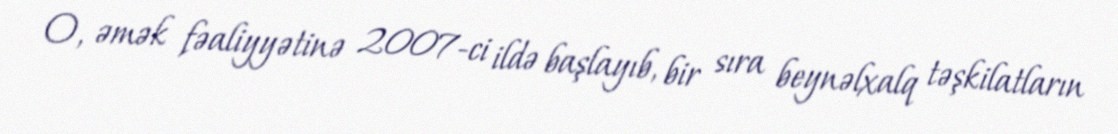
O, əmək fəaliyyətinə 2007-ci ildə başlayıb, bir sıra beynəlxalq təşkilatların